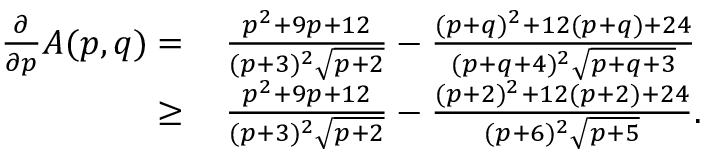
\begin{array} { r l } { \frac { \partial } { \partial p } A ( p , q ) = } & { \, \frac { p ^ { 2 } + 9 p + 1 2 } { ( p + 3 ) ^ { 2 } \sqrt { p + 2 } } - \frac { ( p + q ) ^ { 2 } + 1 2 ( p + q ) + 2 4 } { ( p + q + 4 ) ^ { 2 } \sqrt { p + q + 3 } } } \\ { \geq } & { \, \frac { p ^ { 2 } + 9 p + 1 2 } { ( p + 3 ) ^ { 2 } \sqrt { p + 2 } } - \frac { ( p + 2 ) ^ { 2 } + 1 2 ( p + 2 ) + 2 4 } { ( p + 6 ) ^ { 2 } \sqrt { p + 5 } } . } \end{array}